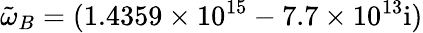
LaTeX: \tilde{\omega}_{B}=(1.4359\times 10^{15}-7.7\times 10^{13}\mathrm{{i})}